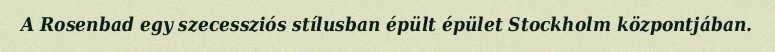
A Rosenbad egy szecessziós stílusban épült épület Stockholm központjában.